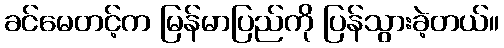
ခင်မေတင့်က မြန်မာပြည်ကို ပြန်သွားခဲ့တယ်။